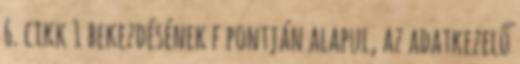
6. cikk 1 bekezdésének f pontján alapul, az adatkezelő